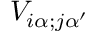
V _ { i \alpha ; j \alpha ^ { \prime } }